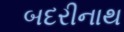
બદરીનાથ